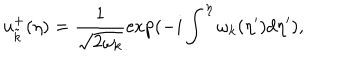
u _ { \tilde { k } } ^ { + } ( \eta ) = \frac { 1 } { \sqrt { 2 \omega _ { k } } } \exp ( - i \int ^ { \eta } \omega _ { k } ( \eta ^ { \prime } ) d \eta ^ { \prime } ) ,